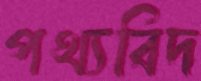
পথ্যবিদ